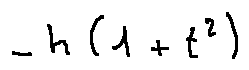
- h ( 1 + t ^ { 2 } )